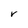
Character: V